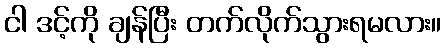
ငါ ဒင့်ကို ချန်ပြီး တက်လိုက်သွားရမလား။